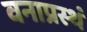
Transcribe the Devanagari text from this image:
वनाप्रस्थं